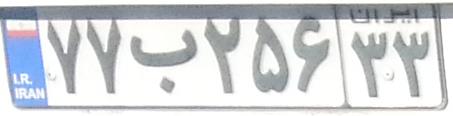
۷۷ب۲۵۶۳۳